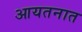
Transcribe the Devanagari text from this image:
आयतनात